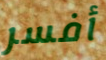
أفسر